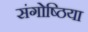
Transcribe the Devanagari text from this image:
संगोष्ठिया